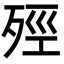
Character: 殌